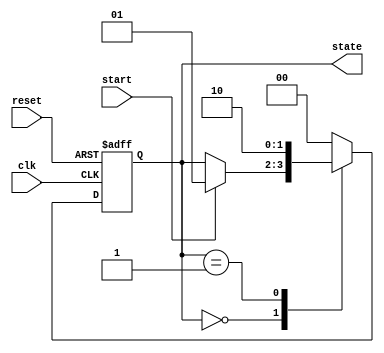
module simple_fsm (
    input wire clk,        // Clock input
    input wire reset,      // Asynchronous reset
    input wire start,      // Start signal
    output reg [1:0] state // Current state output
);

    // State encoding
    localparam S_IDLE = 2'b00,
               S_ACTIVE = 2'b01,
               S_DONE = 2'b10;

    // Sequential logic for state updates
    always @(posedge clk or posedge reset) begin
        if (reset) begin
            state <= S_IDLE; // Reset state to IDLE
        end else begin
            case (state)
                S_IDLE: begin
                    if (start) begin
                        state <= S_ACTIVE; // Move to ACTIVE state
                    end
                end
                S_ACTIVE: begin
                    // Some condition to move to DONE state (could be a timer or other logic)
                    state <= S_DONE; // Move to DONE state for demonstration
                end
                S_DONE: begin
                    // Optionally, return to IDLE after DONE
                    state <= S_IDLE; // Move back to IDLE state
                end
                default: begin
                    state <= S_IDLE; // Default to IDLE state on any unknown state
                end
            endcase
        end
    end

endmodule